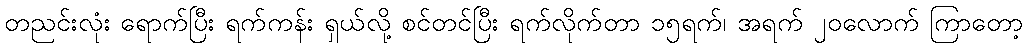
တညင်းလုံး ရောက်ပြီး ရက်ကန်း ရှယ်လို့ စင်တင်ပြီး ရက်လိုက်တာ ၁၅ရက်၊ အရက် ၂၀လောက် ကြာတော့